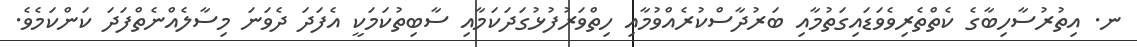
ނ. އިތުރުސާހިބާގެ ކެތްތެރިވެވަޑައިގަތުމާއި ބަރުދާސްކުރެއްވުމާއި ހިތްވަރުފުޅުގަދަކަމާއި ސާބިތުކަމަކީ އެފަދަ ދެވަނަ މިސާލެއްނެތްފަދަ ކަންކަމެވެ.